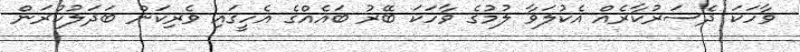
ވާހަކަ ދެސަރުކާރެއް އެކުލަވާ ލުމުގެ ވާހަކަ ބޭރު ބައެއްގެ އެހީގައި ވެރިކަން ބަދަލުކުރަން